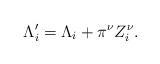
LaTeX: \begin{align*} \Lambda'_i=\Lambda_i+\pi^{\nu}Z^{\nu}_i.\end{align*}